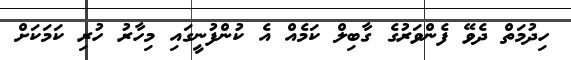
ހިދުމަތް ދެވޭ ފެންވަރުގެ ގާބިލް ކަމެއް އެ ކުންފުނީގައި މިހާރު ހުރި ކަމަކަށް